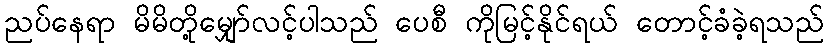
ညပ်နေရာ မိမိတို့မျှော်လင့်ပါသည် ပေစီ ကိုမြင့်နိုင်ရယ် တောင့်ခံခဲ့ရသည်